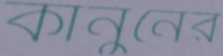
কানুনের